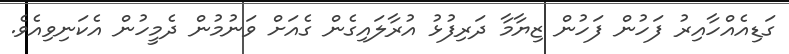
ގަޑިއެއްހާއިރު ފަހުން ފަހުން ޒިޔާމާ ދަރިފުޅު އުރާލައިގެން ގެއަށް ވަނުމުން ދެމީހުން އެކަނިވިއެވެ.